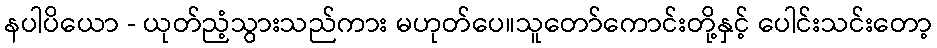
နပါပိယော - ယုတ်ညံ့သွားသည်ကား မဟုတ်ပေ။သူတော်ကောင်းတို့နှင့် ပေါင်းသင်းတော့